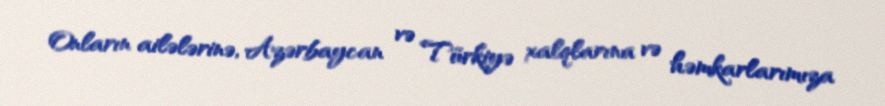
Onların ailələrinə, Azərbaycan və Türkiyə xalqlarına və həmkarlarımıza